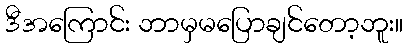
ဒီအကြောင်း ဘာမှမပြောချင်တော့ဘူး။